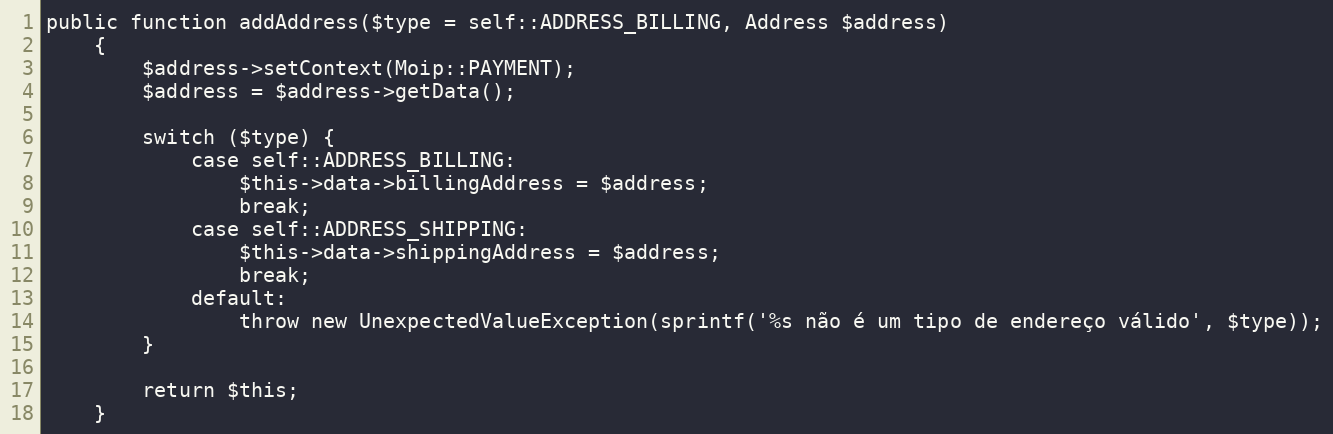
Language: PHP
public function addAddress($type = self::ADDRESS_BILLING, Address $address)
    {
        $address->setContext(Moip::PAYMENT);
        $address = $address->getData();

        switch ($type) {
            case self::ADDRESS_BILLING:
                $this->data->billingAddress = $address;
                break;
            case self::ADDRESS_SHIPPING:
                $this->data->shippingAddress = $address;
                break;
            default:
                throw new UnexpectedValueException(sprintf('%s não é um tipo de endereço válido', $type));
        }

        return $this;
    }